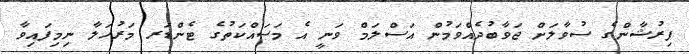
ފިރުޝާންގެ ސުވާލަށް ޖަވާބުދެއްވަމުން އަސްލަމް ވަނީ އެ މަސައްކަތުގެ ޓެންޑަރ މަރުހަލާ ނިމިފައިވާ